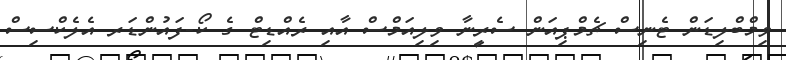
ވިމްބްލިޑަން ޓެނިސް ޗެމްޕިއަން ސެރީނާ ވިލިއަމްސް އާއި ރެއްޑިޓް ގެ ކޯ-ފައުންޑަރ އެލެކްސިސް